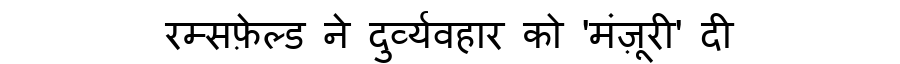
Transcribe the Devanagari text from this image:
रम्सफ़ेल्ड ने दुर्व्यवहार को 'मंज़ूरी' दी